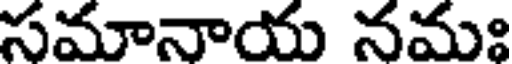
సమానాయ నమః